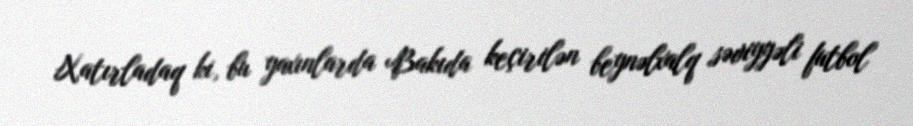
Xatırladaq ki, bu yaxınlarda Bakıda keçirilən beynəlxalq səviyyəli futbol